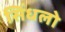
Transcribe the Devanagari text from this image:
सिंधलो